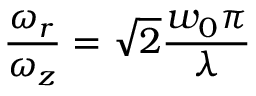
{ \frac { \omega _ { r } } { \omega _ { z } } } = { \sqrt { 2 } } { \frac { w _ { 0 } \pi } { \lambda } }